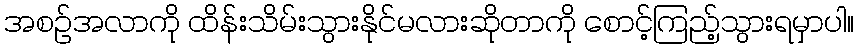
အစဉ်အလာကို ထိန်းသိမ်းသွားနိုင်မလားဆိုတာကို စောင့်ကြည့်သွားရမှာပါ။